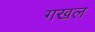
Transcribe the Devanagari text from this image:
गखल